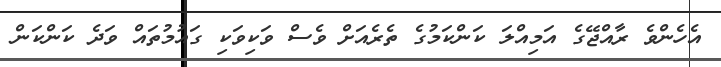
އެހެންވެ ރާއްޖޭގެ އަމިއްލަ ކަންކަމުގެ ތެރެއަށް ވެސް ވަކިވަކި ގައުމުތައް ވަދެ ކަންކަން